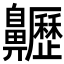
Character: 𪗁